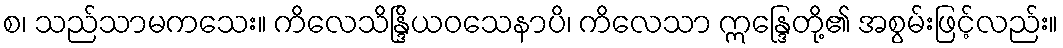
စ၊ သည်သာမကသေး။ ကိလေသိန္ဒြိယဝသေနာပိ၊ ကိလေသာ ဣန္ဒြေတို့၏ အစွမ်းဖြင့်လည်း။